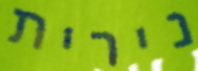
נירית